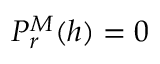
{ \cal P } _ { r } ^ { M } ( h ) = 0